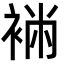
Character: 䘷